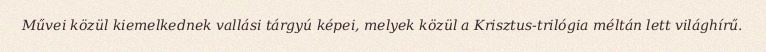
Művei közül kiemelkednek vallási tárgyú képei, melyek közül a Krisztus-trilógia méltán lett világhírű.